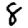
Digit: 8